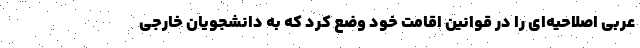
عربی اصلاحیه‌ای را در قوانین اقامت خود وضع کرد که به دانشجویان خارجی